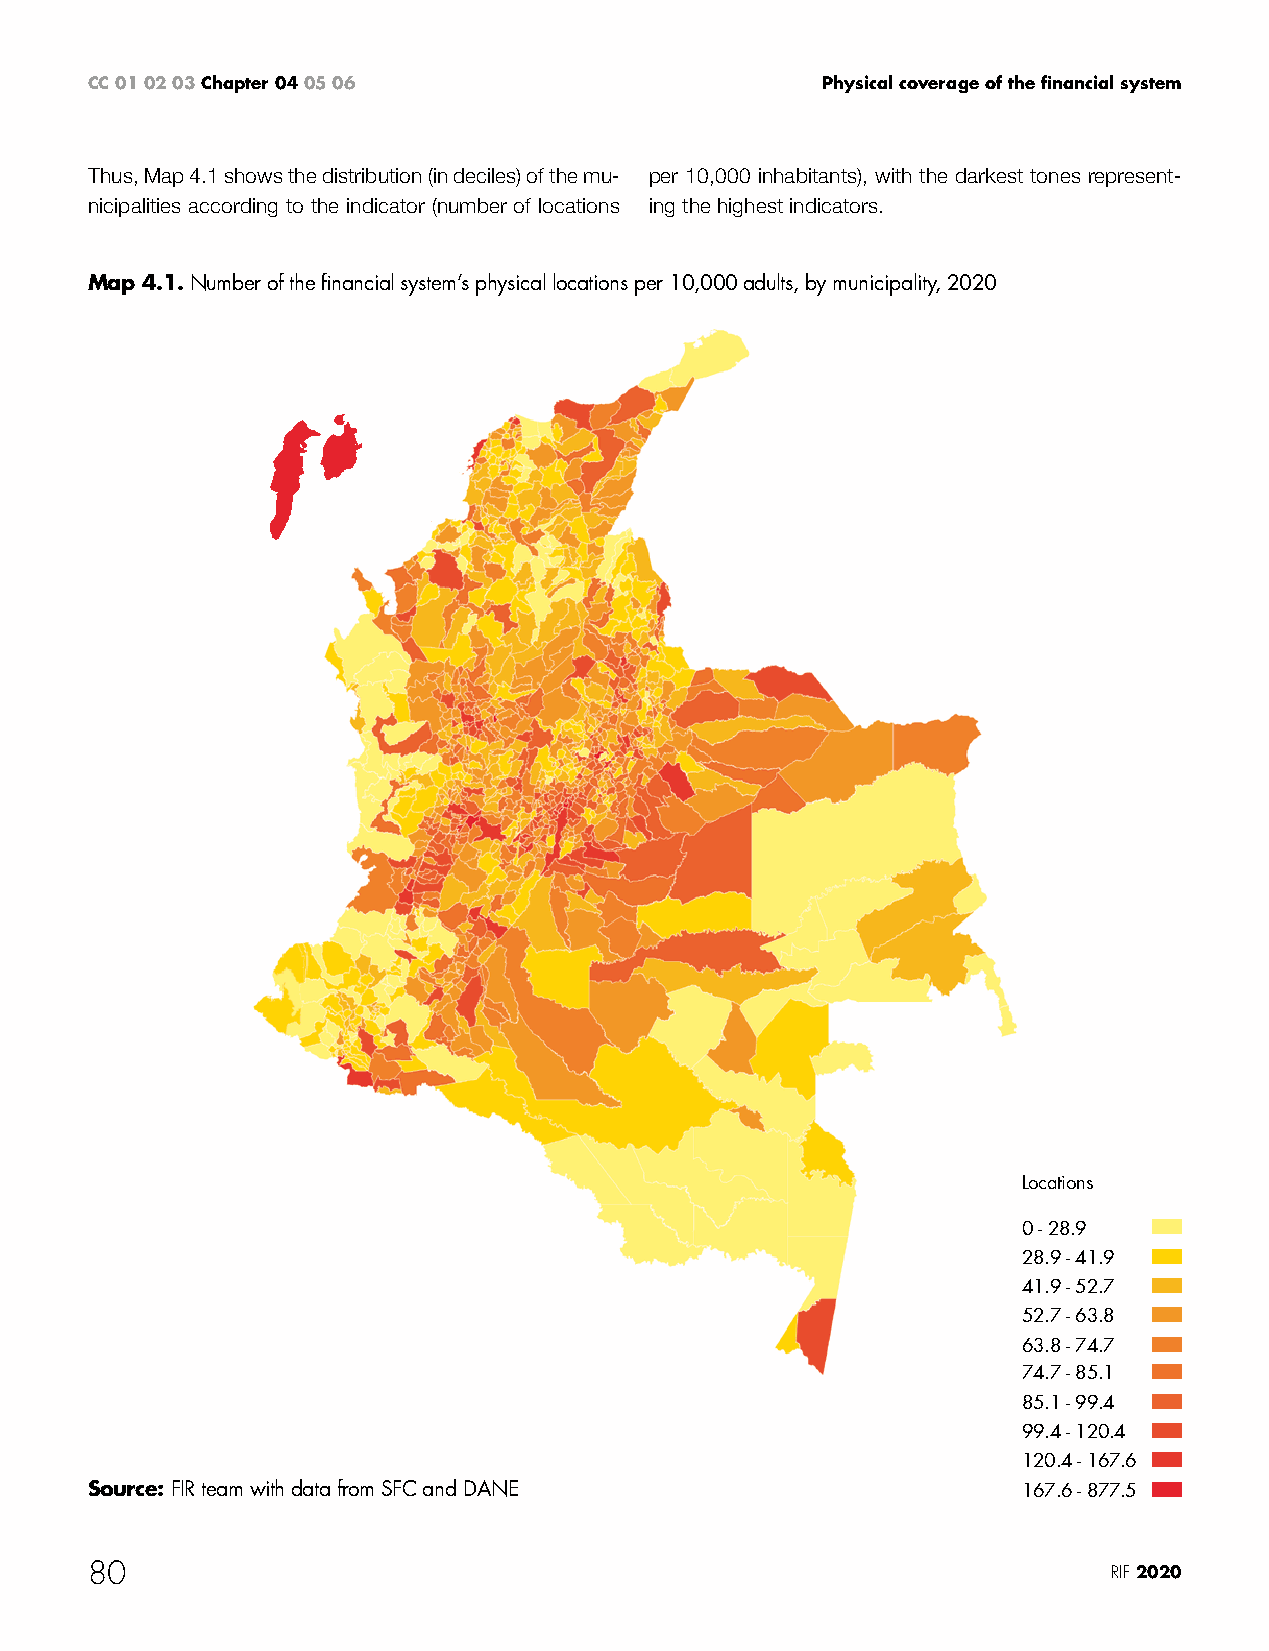
CC 01 02 03 Chapter 04 05 06                    Physical coverage of the financial system
 Thus, Map 4.1 shows the distribution (in deciles) of the mu- per 10,000 inhabitants), with the darkest tones represent-
 nicipalities according to the indicator (number of locations ing the highest indicators.
 Map 4.1. Number of the financial system’s physical locations per 10,000 adults, by municipality, 2020
 Locations
 0 - 28.9
 28.9 - 41.9
 41.9 - 52.7
 52.7 - 63.8
 63.8 - 74.7
 74.7 - 85.1
 85.1 - 99.4
 99.4 - 120.4
 120.4 - 167.6
 Source: FIR team with data from SFC and DANE                  167.6 - 877.5
 80                                                                  RIF 2020